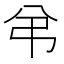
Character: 弚